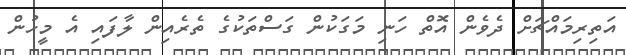
އަތިރިމައްޗަށް ދެވެން އޮތް ހަނި މަގަކުން ގަސްތަކުގެ ތެރެއިން ލާފައި އެ މީހުން